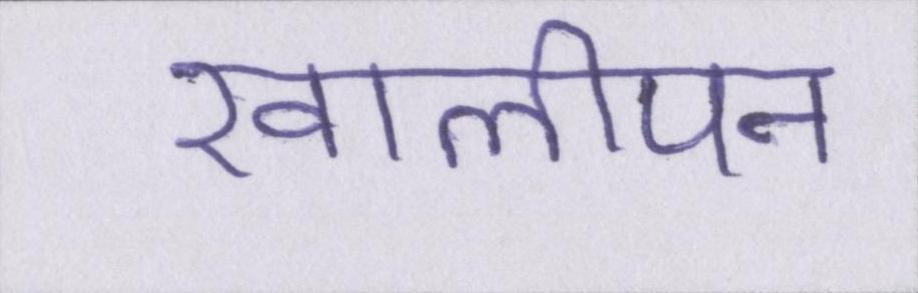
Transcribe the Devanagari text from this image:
खालीपन